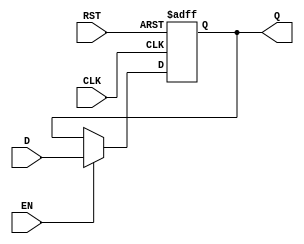
module IntermediateRegister #(
    parameter DATA_WIDTH = 8 // Parameter to define the width of the data input/output
)(
    input wire [DATA_WIDTH-1:0] D,  // Data input
    input wire CLK,                  // Clock input
    input wire EN,                   // Enable input
    input wire RST,                  // Asynchronous reset
    output reg [DATA_WIDTH-1:0] Q    // Data output
);

// Asynchronous reset and synchronous load
always @(posedge CLK or posedge RST) begin
    if (RST) begin
        Q <= {DATA_WIDTH{1'b0}}; // Reset output to 0
    end else if (EN) begin
        Q <= D; // Capture input data on clock edge if enabled
    end
end

endmodule